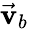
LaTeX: {\vec{\textbf{v}}}_{b}